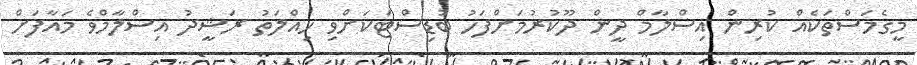
މީގެމަސްތަކެއް ކުރިން އިސްލާމް ދީން ދޫކުރުމަށްފަހު ބުޑިސްޓަކަށްވި ހިއްލަތު ރަޝީދު އިސްލާމްވެ މައާފަށް